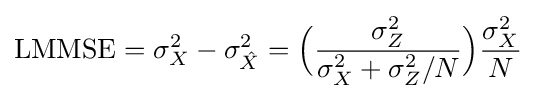
\operatorname {LMMSE} =\sigma _{X}^{2}-\sigma _{\hat {X}}^{2}={\Big (}{\frac {\sigma _{Z}^{2}}{\sigma _{X}^{2}+\sigma _{Z}^{2}/N}}{\Big )}{\frac {\sigma _{X}^{2}}{N}}